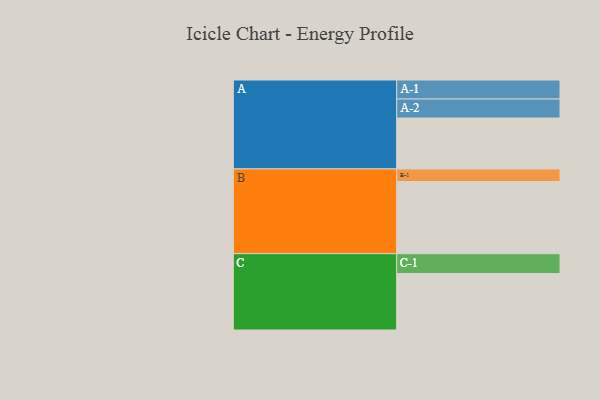
{"axis": {"x": "Segment", "y": "Value"}, "legend": ["", "A", "B", "C"], "data": [{"x": "A", "y": 335, "type": ""}, {"x": "B", "y": 474, "type": ""}, {"x": "C", "y": 371, "type": ""}, {"x": "A-1", "y": 125, "type": "A"}, {"x": "A-2", "y": 125, "type": "A"}, {"x": "B-1", "y": 83, "type": "B"}, {"x": "C-1", "y": 131, "type": "C"}]}